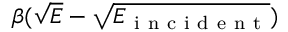
\beta ( \sqrt { E } - \sqrt { E _ { \mathrm { ~ i ~ n ~ c ~ i ~ d ~ e ~ n ~ t ~ } } } )